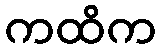
ကထိက